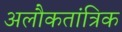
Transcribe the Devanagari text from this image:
अलौकतांत्रिक